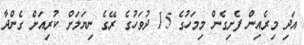
އަދި މިރެއިން ފެށިގެން މިމަހުގެ 15 ދުވަހުގެ ރޭގެ ނިޔަލަށް ކުރިއަށް ގެންދާ